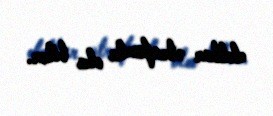
dollar ətrafında ola bilər.